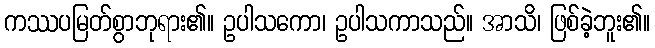
ကဿပမြတ်စွာဘုရား၏။ ဥပါသကော၊ ဥပါသကာသည်။ အာသိ၊ ဖြစ်ခဲ့ဘူး၏။